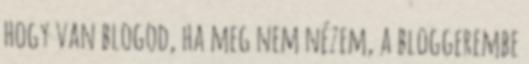
hogy van blogod, ha meg nem nézem, a bloggerembe